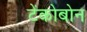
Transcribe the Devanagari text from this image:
टेंकोबोन